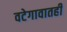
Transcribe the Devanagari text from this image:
वटेगावातही